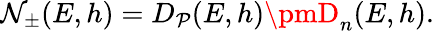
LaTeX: \mathcal{N}_{\pm}(E,h)=D_{\mathcal{P}}(E,h)\pmD_{n}(E,h).